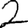
Digit: 2